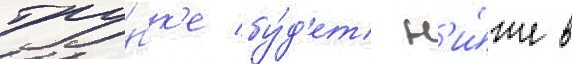
тру́бк'е бу́д'ет н'и́же в